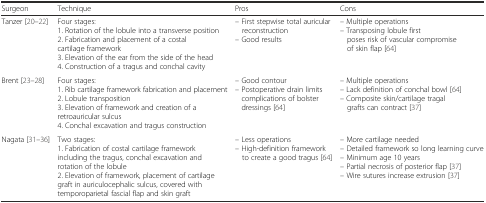
<table><thead><tr><td><b>Surgeon</b></td><td><b>Technique</b></td><td><b>Pros</b></td><td><b>Cons</b></td></tr></thead><tbody><tr><td>Tanzer [20–22]</td><td>Four stages:1. Rotation of the lobule into a transverse position2. Fabrication and placement of a costal cartilage framework3. Elevation of the ear from the side of the head4. Construction of a tragus and conchal cavity</td><td>– First stepwise total auricular reconstruction– Good results</td><td>– Multiple operations– Transposing lobule first poses risk of vascular compromise of skin flap [64]</td></tr><tr><td>Brent [23–28]</td><td>Four stages:1. Rib cartilage framework fabrication and placement2. Lobule transposition3. Elevation of framework and creation of a retroauricular sulcus4. Conchal excavation and tragus construction</td><td>– Good contour– Postoperative drain limits complications of bolster dressings [64]</td><td>– Multiple operations– Lack definition of conchal bowl [64]– Composite skin/cartilage tragal grafts can contract [37]</td></tr><tr><td>Nagata [31–36]</td><td>Two stages:1. Fabrication of costal cartilage framework including the tragus, conchal excavation and rotation of the lobule2. Elevation of framework, placement of cartilage graft in auriculocephalic sulcus, covered with temporoparietal fascial flap and skin graft</td><td>– Less operations– High-definition framework to create a good tragus [64]</td><td>– More cartilage needed– Detailed framework so long learning curve– Minimum age 10 years– Partial necrosis of posterior flap [37]– Wire sutures increase extrusion [37]</td></tr></tbody></table>